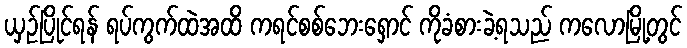
ယှဉ်ပြိုင်ရန် ရပ်ကွက်ထဲအထိ ကရင်စစ်ဘေးရှောင် ကိုခံစားခဲ့ရသည် ကလောမြို့တွင်